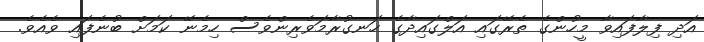
އަދި ފިލާފައިވާ މީހުންގެ ތެރޭގައި އަލްގައިދާގެ ހަނގުރާމަވެރިންވެސް ހިމެނޭ ކަމަށް ބުނެފައި ވެއެވެ.